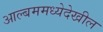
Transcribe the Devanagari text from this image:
आल्बममध्येदेखील